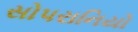
સોપરાનિયો